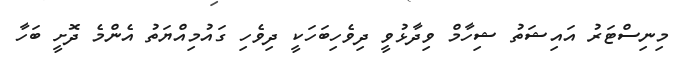
މިނިސްޓަރު އައިޝަތު ޝިހާމް ވިދާޅުވީ ދިވެހިބަހަކީ ދިވެހި ގައުމިއްޔަތު އެންމެ ދޮށީ ބަހާ